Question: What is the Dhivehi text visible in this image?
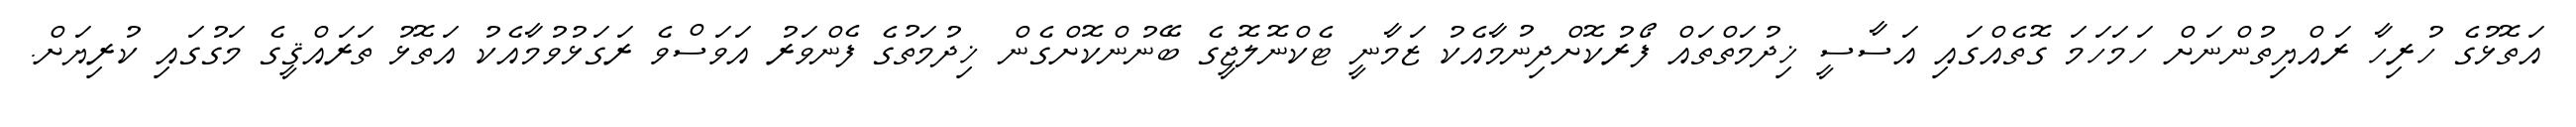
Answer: އަތޮޅުގެ ހުރިހާ ރައްޔިތުންނަށް ހަމަހަމަ ގޮތެއްގައި އަސާސީ ޚިދުމަތްތައް ފޯރުކޮށްދިނުމާއެކު ޒަމާނީ ޓެކްނޮލޮޖީގެ ބޭނުންކޮށްގެން ޚިދުމަތުގެ ފެންވަރު އަވަސްވެ ރަގަޅުވުމާއެކު އަތޮޅު ތަރައްޤީގެ މަގުގައި ކުރިޔަށް.